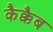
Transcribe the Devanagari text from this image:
कैक्कैब